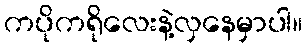
ကပိုကရိုလေးနဲ့လှနေမှာပါ။